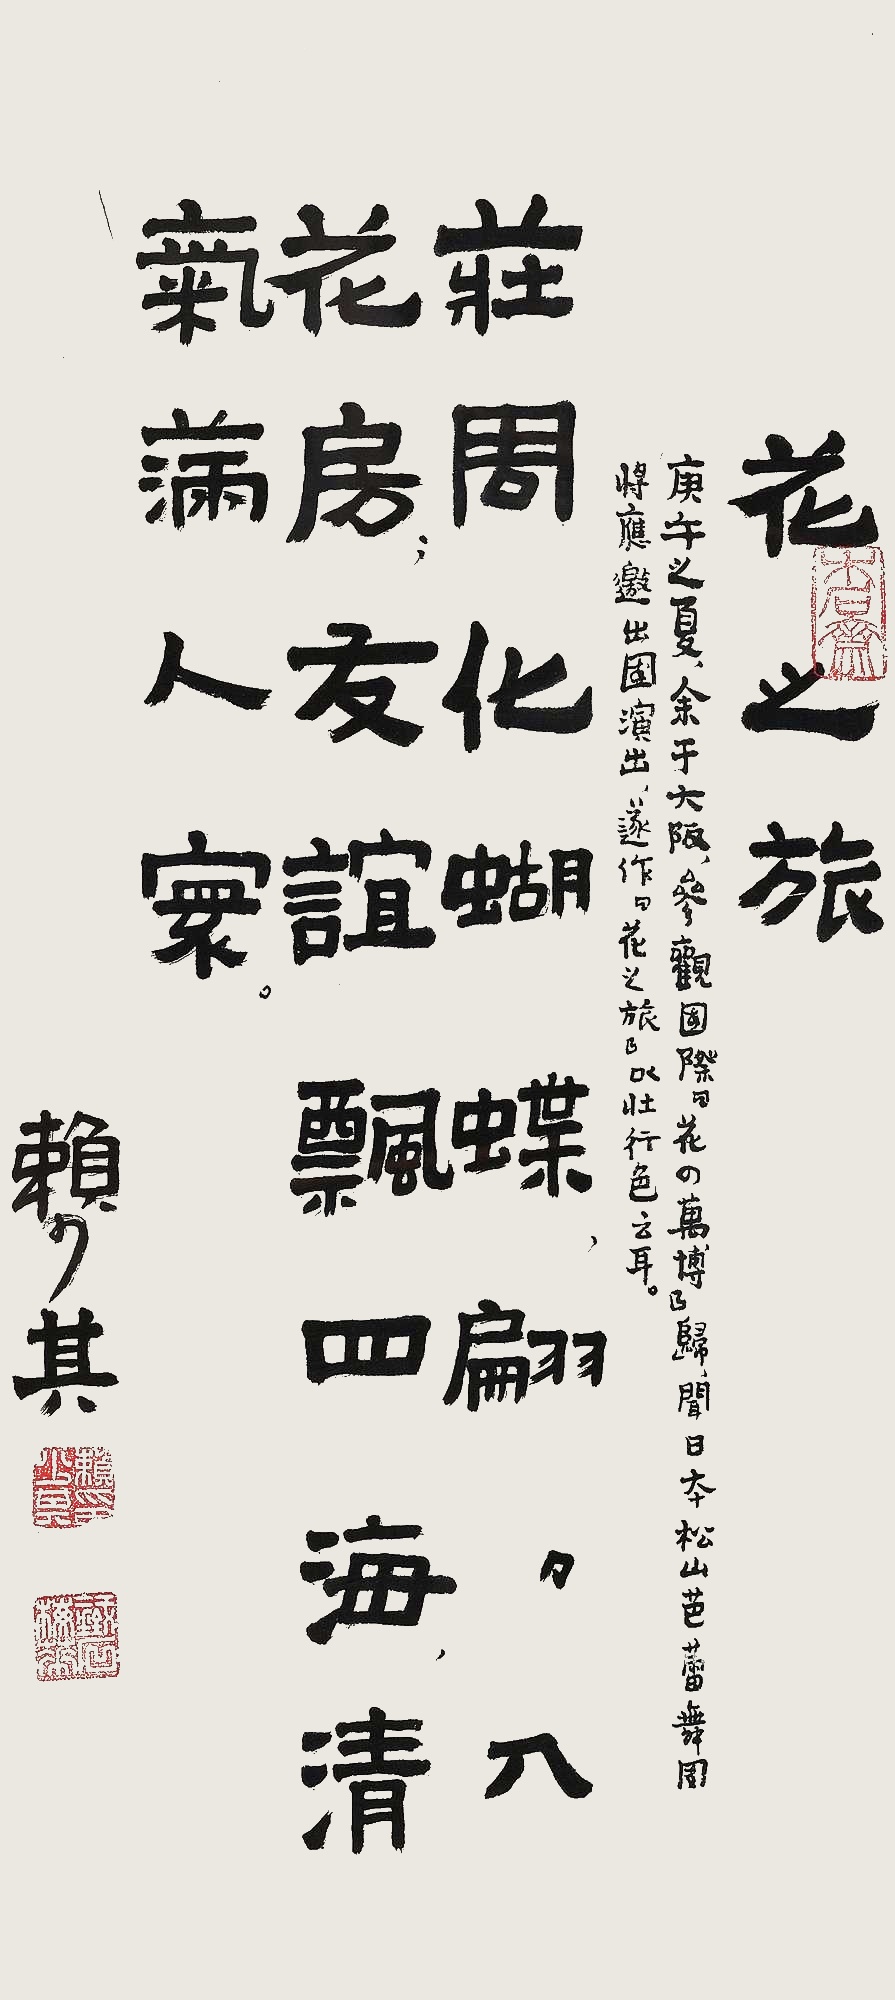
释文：花之旅，庚午之夏，余于大阪，参观国际“花的万博”归，闻日本松山芭蕾舞团将应邀出国演出，遂作“花之旅”以壮行色云耳。庄周化蝴蝶，偏偏入花房。友谊飘四海，清气满人寰。赖少其。